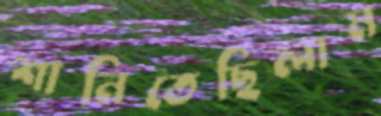
শানিতেছিলাম